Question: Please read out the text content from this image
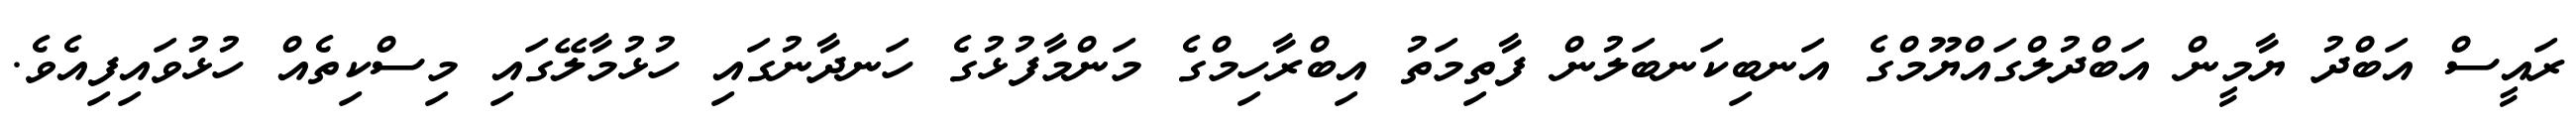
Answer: ރައީސް އަބްދު ޔާމީން އަބްދުލްގައްޔޫމްގެ އަނބިކަނބަލުން ފާތިމަތު އިބްރާހިމްގެ މަންމާފުޅުގެ ހަނދާނުގައި ހުޅުމާލޭގައި މިސްކިތެއް ހުޅުވައިފިއެވެ.